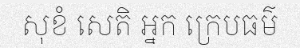
សុខំ សេតិ អ្នក ក្រេបធម៌